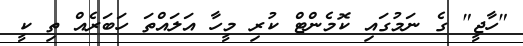
"ހާޖީ" ގެ ނަމުގައި ކޮމެންޓް ކުރި މީހާ އަލައްތަ ހަބަރެއް ތި ކީ